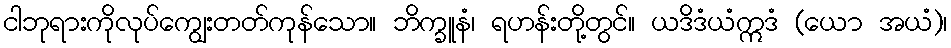
ငါဘုရားကိုလုပ်ကျွေးတတ်ကုန်သော။ ဘိက္ခူနံ၊ ရဟန်းတို့တွင်။ ယဒိဒံယံဣဒံ (ယော အယံ)၊